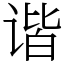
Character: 谐